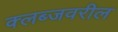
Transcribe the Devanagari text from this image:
क्लब्जवरील